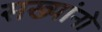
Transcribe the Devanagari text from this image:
सख्यांनो